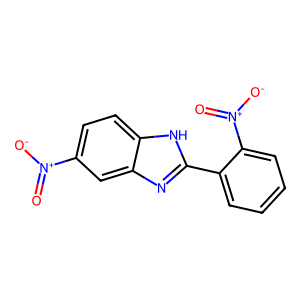
SMILES: O=[N+]([O-])c1ccc2[nH]c(-c3ccccc3[N+](=O)[O-])nc2c1
Inhibits HIV replication: No